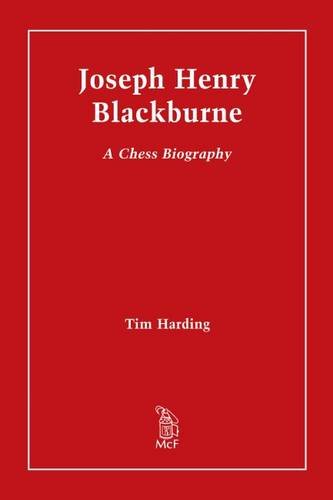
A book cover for Joseph Henry Blackburne: A Chess Biography; Tim Harding; Humor & Entertainment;